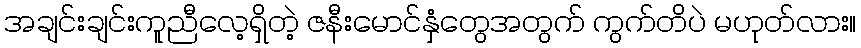
အချင်းချင်းကူညီလေ့ရှိတဲ့ ဇနီးမောင်နှံတွေအတွက် ကွက်တိပဲ မဟုတ်လား။